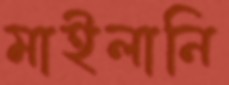
মাইলানি